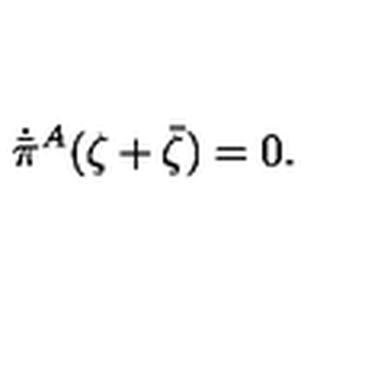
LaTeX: \dot { \bar { \pi } } { } ^ { A } ( \zeta + \bar { \zeta } ) = 0 .